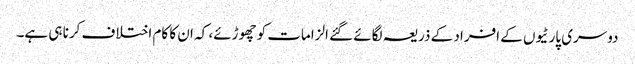
دوسری پارٹیوں کے افراد کے ذریعہ لگائے گئے الزامات کو چھوڑئے، کہ ان کا کام اختلاف کرنا ہی ہے۔